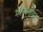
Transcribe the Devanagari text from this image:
मेलबर्नीयन